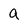
Character: a